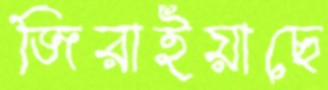
জিরাইয়াছে